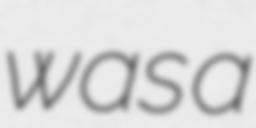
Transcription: was a